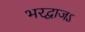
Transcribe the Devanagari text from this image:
भरद्वाजऽ